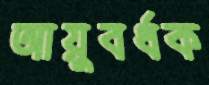
আয়ুবর্ধক